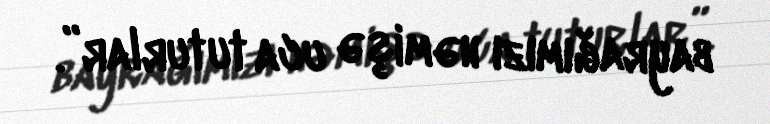
bayrağımızı həmişə uca tuturlar”.